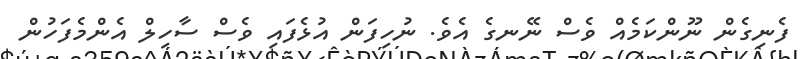
ފެނިގެން ނޫންކަމެއް ވެސް ނޭނގެ އެވެ. ނުހިފަން އުޅެފައި ވެސް ސާހިލް އެންމެފަހުން